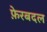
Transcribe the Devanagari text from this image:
फ़ेरबदल